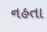
નહતા